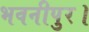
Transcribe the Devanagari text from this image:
भवनीपुर।